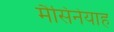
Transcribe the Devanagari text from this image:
मैसिनेयाह